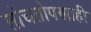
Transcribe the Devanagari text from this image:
तोचतोपणाही